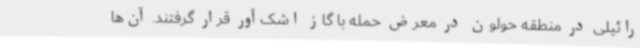
رائیلی در منطقه حولون در معرض حمله با گاز اشک‌آور قرار گرفتند. آن‌ها